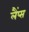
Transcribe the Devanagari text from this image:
लैंप्स